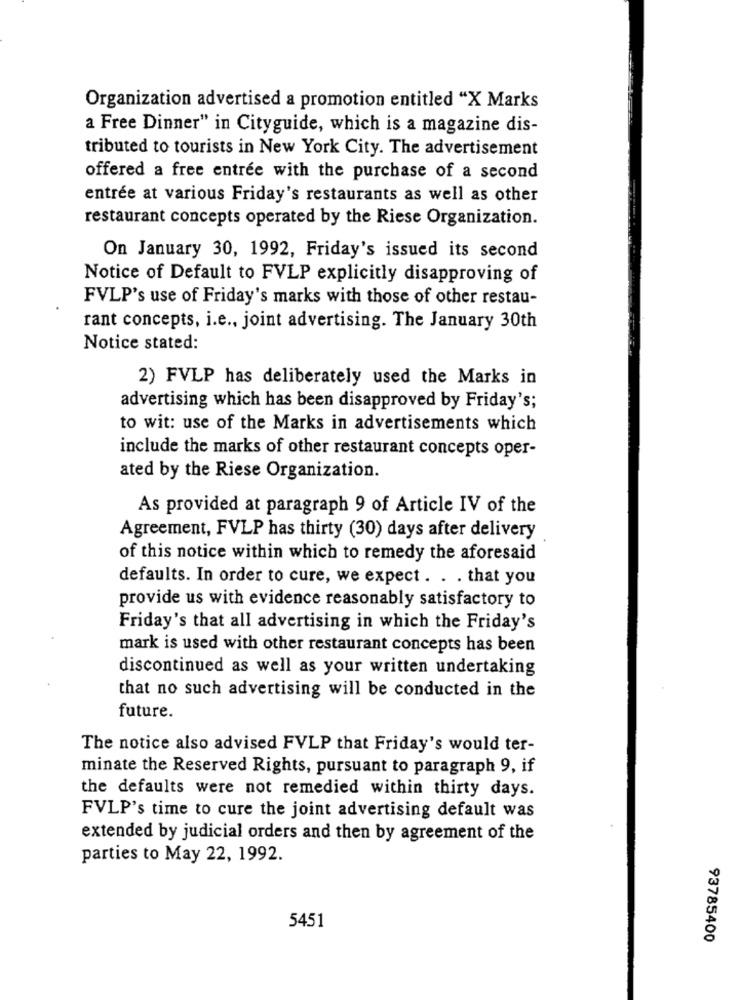
Organization advertised a promotion entitled "X Marks
a Free Dinner" in Cityguide, which is a magazine dis-
tributed to tourists in New York City. The advertisement
offered a free entrée with the purchase of a second
entrée at various Friday's restaurants as well as other
restaurant concepts operated by the Riese Organization.
On January 30, 1992, Friday's issued its second
Notice of Default to FVLP explicitly disapproving of
FVLP's use of Friday's marks with those of other restau-
rant concepts, i.e ., joint advertising. The January 30th
Notice stated:
2) FVLP has deliberately used the Marks in
advertising which has been disapproved by Friday's;
to wit: use of the Marks in advertisements which
include the marks of other restaurant concepts oper-
ated by the Riese Organization.
As provided at paragraph 9 of Article IV of the
Agreement, FVLP has thirty (30) days after delivery
of this notice within which to remedy the aforesaid
defaults. In order to cure, we expect . . . that you
provide us with evidence reasonably satisfactory to
Friday's that all advertising in which the Friday's
mark is used with other restaurant concepts has been
discontinued as well as your written undertaking
that no such advertising will be conducted in the
future.
The notice also advised FVLP that Friday's would ter-
minate the Reserved Rights, pursuant to paragraph 9, if
the defaults were not remedied within thirty days.
FVLP's time to cure the joint advertising default was
extended by judicial orders and then by agreement of the
parties to May 22, 1992.
5451
93785400